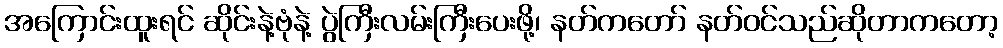
အကြောင်းထူးရင် ဆိုင်းနဲ့ဗုံနဲ့ ပွဲကြီးလမ်းကြီးပေးဖို့၊ နတ်ကတော် နတ်ဝင်သည်ဆိုတာကတော့